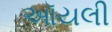
ઑયલી